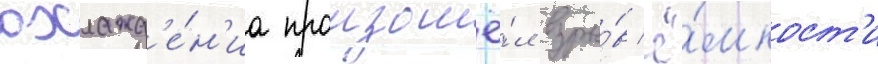
охлажд'е́н'иа произошё́л взры́в ё́мкост'и